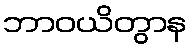
ဘာဝယိတွာန